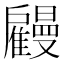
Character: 𢩤